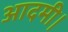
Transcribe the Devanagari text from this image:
आदमी।